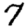
Digit: 7